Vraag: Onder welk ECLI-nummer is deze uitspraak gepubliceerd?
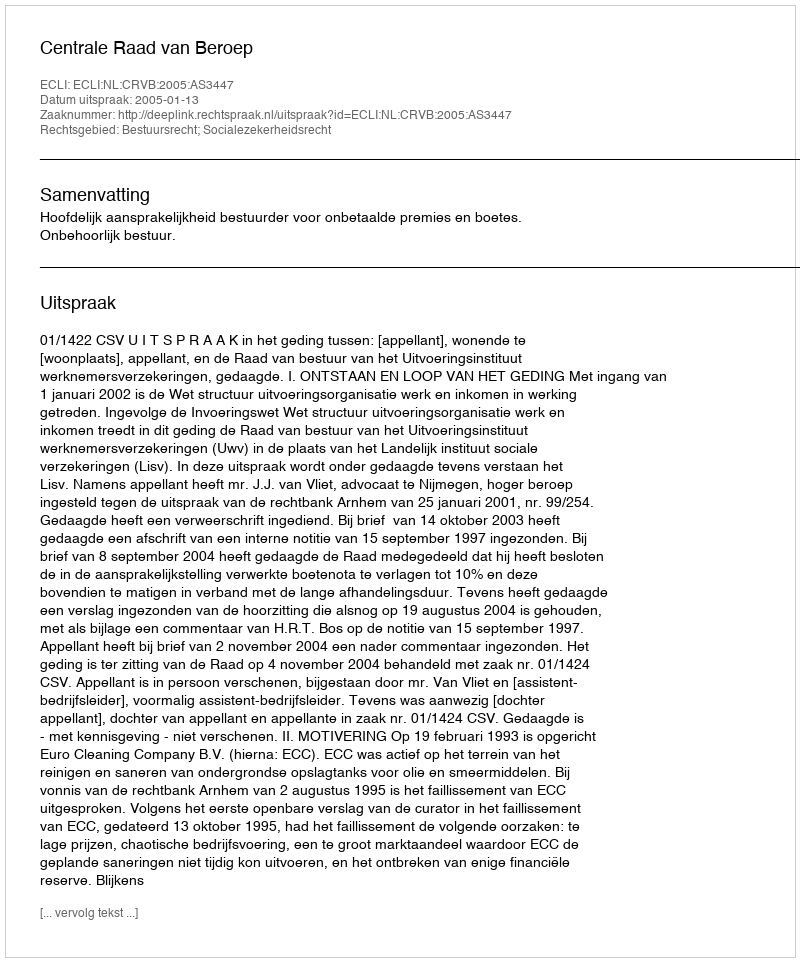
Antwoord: ECLI:NL:CRVB:2005:AS3447